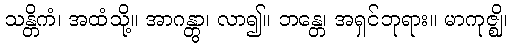
သန္တိကံ၊ အထံသို့။ အာဂန္တွာ၊ လာ၍။ ဘန္တေ၊ အရှင်ဘုရား။ မာကုဇ္ဈိ၊